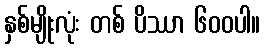
နှစ်မျိုးလုံး တစ် ပိဿာ ၆၀၀ပါ။